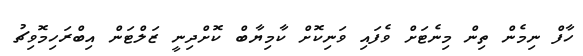
ހާފް ނިމެން ތިން މިނެޓަށް ވެފައި ވަނިކޮށް ކާމިޔާބް ކޮށްދިނީ ޒަލްޓަން އިބްރަހިމޮވިޗު